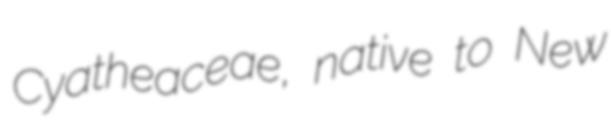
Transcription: Cyatheaceae, native to New